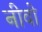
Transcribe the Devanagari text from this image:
नीवो